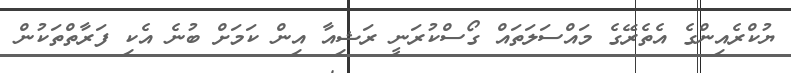
ޔުކްރެއިންގެ އެތެރޭގެ މައްސަލަތައް ގޯސްކުރަނީ ރަޝިއާ އިން ކަމަށް ބުނެ އެކި ފަރާތްތަކުން